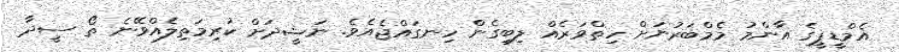
އެމްޑީޕީގެ އާންމު މެމްބަރުނަށް ހިތްވަރެއް ލިބިގެން ހިނގައްޖެއެވެ. ނަޝީދަށް ކުރިމަތިލެއްވޭނެ ތޯ ސީދާ